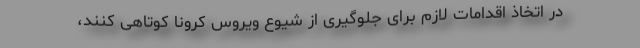
در اتخاذ اقدامات لازم برای جلوگیری از شیوع ویروس کرونا کوتاهی کنند،